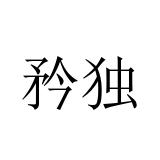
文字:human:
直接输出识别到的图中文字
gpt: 矜独